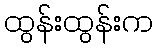
ထွန်းထွန်းက